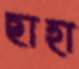
ছাহা